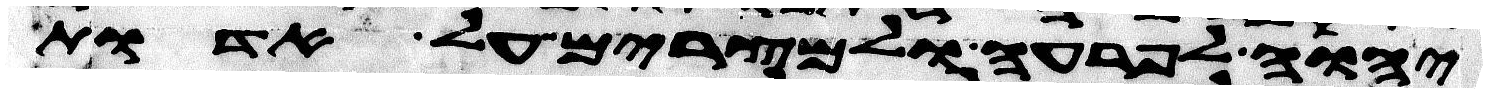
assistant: יהוה לפרעה ולמצרים על אדות